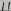
Text: 11